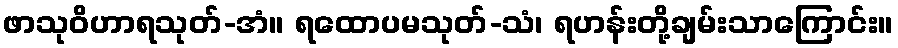
ဖာသုဝိဟာရသုတ်-အံ။ ရထောပမသုတ်-သံ၊ ရဟန်းတို့ချမ်းသာကြောင်း။